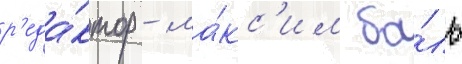
р'еда́ктор - ма́кс'им ба́ль